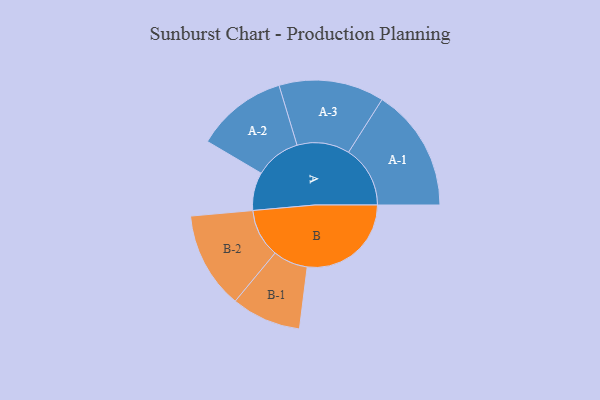
{"axis": {"x": "Segment", "y": "Value"}, "legend": ["", "A", "B"], "data": [{"x": "A", "y": 182, "type": ""}, {"x": "B", "y": 496, "type": ""}, {"x": "A-1", "y": 294, "type": "A"}, {"x": "A-2", "y": 218, "type": "A"}, {"x": "A-3", "y": 251, "type": "A"}, {"x": "B-1", "y": 166, "type": "B"}, {"x": "B-2", "y": 231, "type": "B"}]}